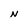
Character: N